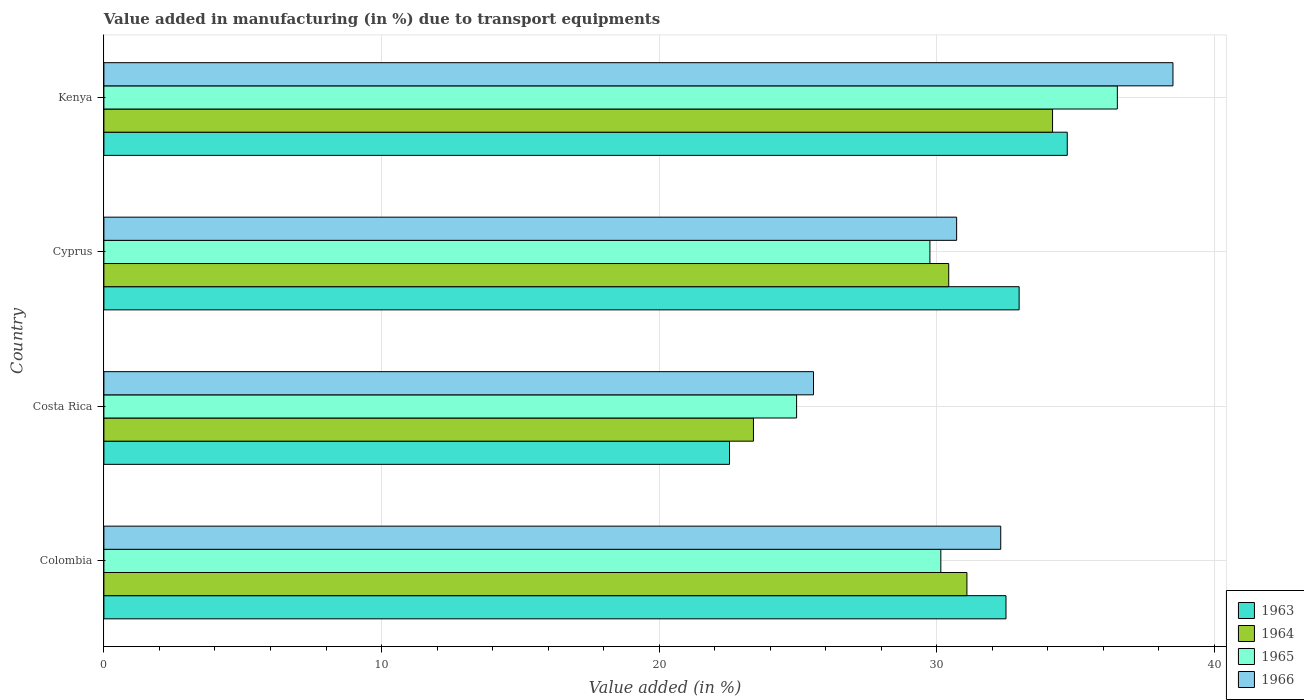
| Country | 1963 | 1964 | 1965 | 1966 |
 | --- | --- | --- | --- | --- |
 | Colombia | 32.5 | 31.1 | 30.1 | 32.3 |
 | Costa Rica | 22.5 | 23.4 | 25 | 25.6 |
 | Cyprus | 33 | 30.4 | 29.8 | 30.7 |
 | Kenya | 34.7 | 34.2 | 36.5 | 38.5 |